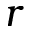
r